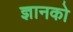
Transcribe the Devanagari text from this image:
ज्ञानको